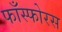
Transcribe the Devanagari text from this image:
फाँस्फोरस